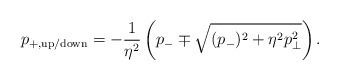
LaTeX: \begin{align*}p_{+,\rm up/down} = -\frac{1}{\eta^2}\left( p_- \mp \sqrt{(p_-)^2 + \eta^2 p_{\bot}^2}\right).\end{align*}